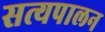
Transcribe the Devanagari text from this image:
सत्यपालन